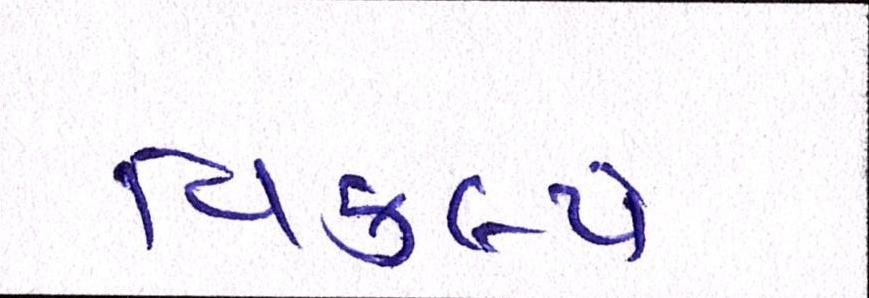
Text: વિકલ્પે